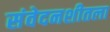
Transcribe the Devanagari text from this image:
संवेदनशीतला